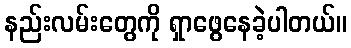
နည်းလမ်းတွေကို ရှာဖွေနေခဲ့ပါတယ်။